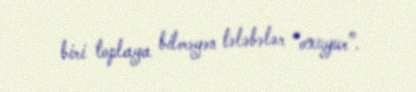
biri toplaya bilməyən tələbələr “oxuyur”.